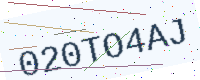
Text: 020TO4AJ